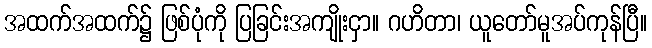
အထက်အထက်၌ ဖြစ်ပုံကို ပြခြင်းအကျိုးငှာ။ ဂဟိတာ၊ ယူတော်မူအပ်ကုန်ပြီ။